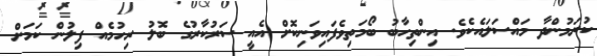
ކުރަމުންދާ މައްސަލައެކެވެ. އިންތިހާބު ބޯމަތިވެފައިވަނިކޮށް އެއީ ސަރުކާރުގެ ބޮލު ރިހުމެއް ފިލުން ކަމަށް